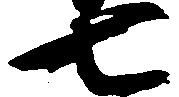
七